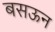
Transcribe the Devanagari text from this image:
बसऊन